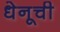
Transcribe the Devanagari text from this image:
धेनूची